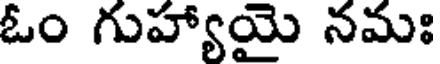
ఓం గుహ్యాయై నమః